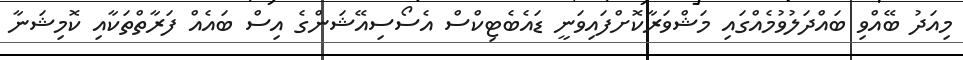
މިއަދު ބޭއްވި ބައްދަލުވުމެއްގައި މަޝްވަރާކޮށްފައިވަނީ ޑައެބެޓިކްސް އެސޯސިއޭޝަންގެ އިސް ބައެއް ފަރާތްތަކާއި ކޮމިޝަނާ